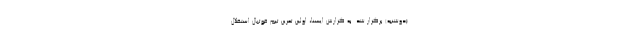
(دوشنبه) برگزار شد. به گزارش ایسنا، اولین تمرین تیم فوتبال استقلال